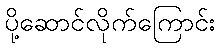
ပို့ဆောင်လိုက်ကြောင်း